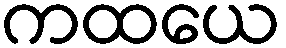
ကထယေ